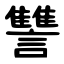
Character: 讐